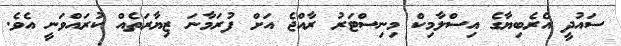
ސައުދީ އެރެބިޔާގެ އިސްލާމިކް މިނިސްޓަރު ރާއްޖެ އަށް ފުރަމާނަ ޒިޔާރަތެއް ކުރައްވަނީ އެވެ.